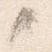
々